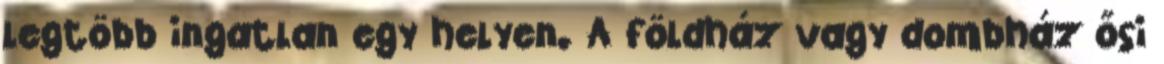
legtöbb ingatlan egy helyen. A földház vagy dombház ősi